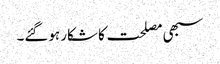
سبھی مصلحت کا شکار ہوگئے۔